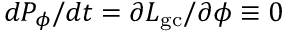
d P _ { \phi } / d t = \partial L _ { \mathrm { g c } } / \partial \phi \equiv 0